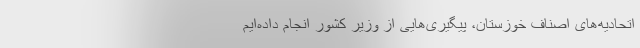
اتحادیه‌های اصناف خوزستان، پیگیری‌هایی از وزیر کشور انجام داده‌ایم